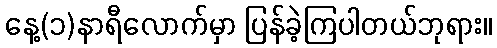
နေ့(၁)နာရီလောက်မှာ ပြန်ခဲ့ကြပါတယ်ဘုရား။